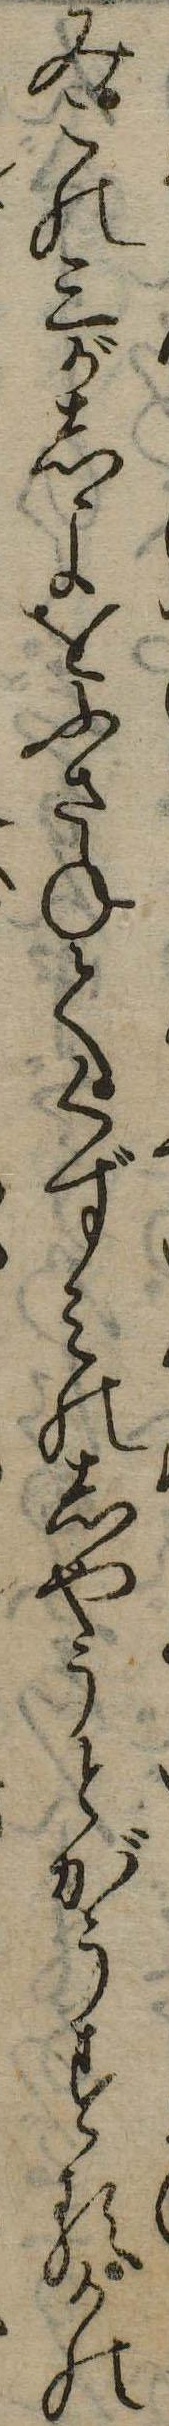
みこの三がしよをふさねてくずみのしやうとがうするかの